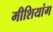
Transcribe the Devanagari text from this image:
मीशियांग